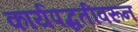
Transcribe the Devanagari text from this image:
कार्यपद्धतीवरून